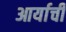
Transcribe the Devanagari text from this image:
आर्याची